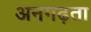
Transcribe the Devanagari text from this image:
अनगढ़ता